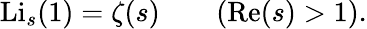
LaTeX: \operatorname{Li}_{s}(1)=\zeta(s)\qquad(\operatorname{R\mathrm{e}}(s)>1).